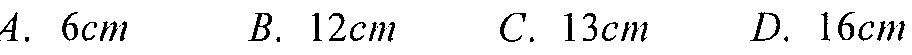
$A.\ 6cm\ \ \ B.\ 12cm\ \ \ C.\ 13cm\ \ \ D.\ 16cm$